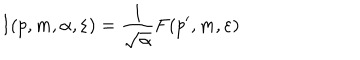
LaTeX: I ( p , m , \alpha , \varepsilon ) = \frac { 1 } { \sqrt { \alpha } } F ( p ^ { \prime } , m , \varepsilon )